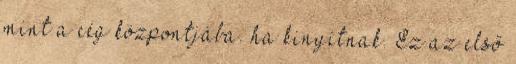
mint a cég központjába. ha kinyitnak. Ez az első